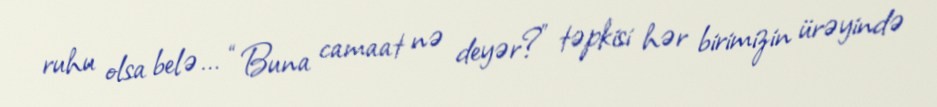
ruhu olsa belə... “Buna camaat nə deyər?” təpkisi hər birimizin ürəyində